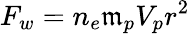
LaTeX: F_{w}=n_{e}\mathfrak{m}_{p}V_{p}r^{2}